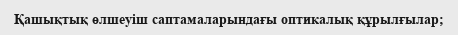
Қашықтық өлшеуіш саптамаларындағы оптикалық құрылғылар;